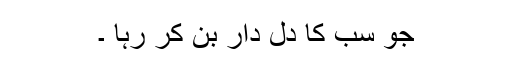
جو سب کا دل دار بن کر رہا ۔